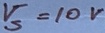
Text: V5=10V